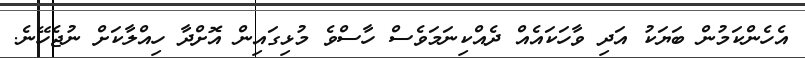
އެހެންކަމުން ބަޔަކު އަދި ވާހަކައެއް ދެއްކިނަމަވެސް ހާސްވެ މުޅިގައިން އޮށްދާ ހިއްލާކަށް ނުޖެހޭނެ.